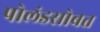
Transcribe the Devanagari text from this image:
पोलंडसोबत